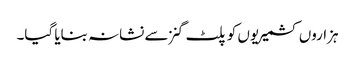
ہزاروں کشمیریوں کو پلٹ گنز سے نشانہ بنایا گیا۔